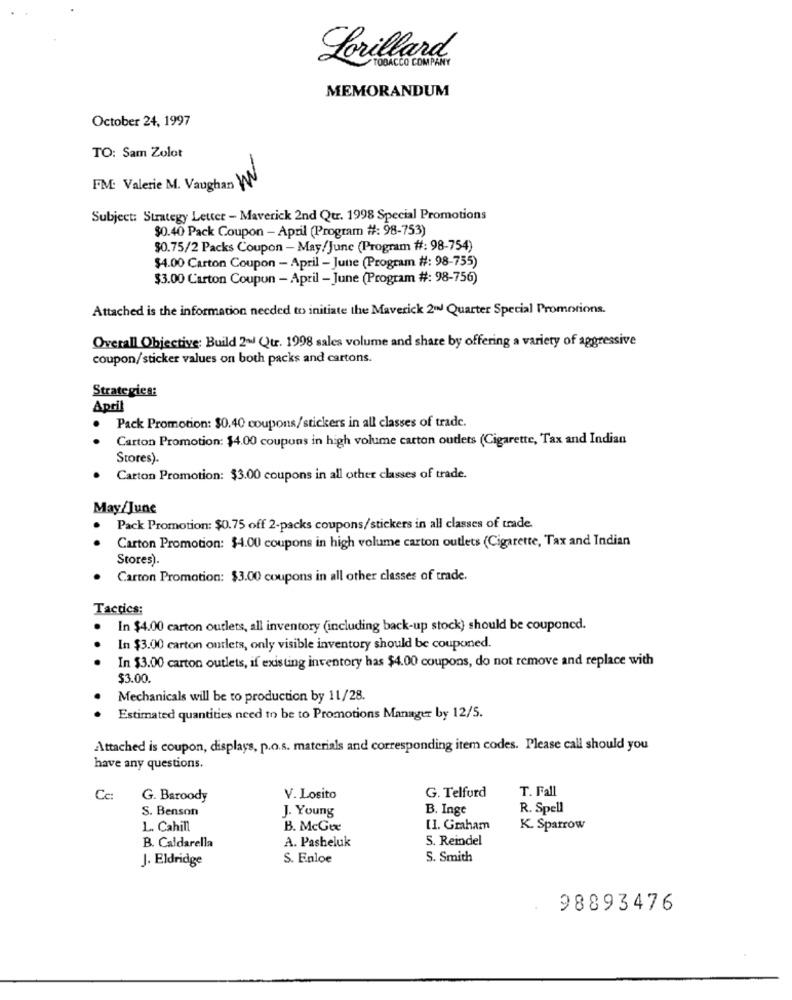
Lorillard
TOBACCO COMPANY
MEMORANDUM
October 24, 1997
TO: Sam Zolot
FM: Valerie M. Vaughan W
Subject: Strategy Letter - Maverick 2nd Qtr. 1998 Special Promotions
$0.40 Pack Coupon - April (Program #: 98-753)
$0.75/2 Packs Coupon - May/June (Program #: 98-754)
$4.00 Carton Coupon - April - June (Program #: 98-755)
$3.00 Carton Coupon - April - June (Program #: 98-756)
Attached is the information needed to initiate the Maverick 2w Quarter Special Promotions.
Overall Objective: Build 2al Qtr. 1998 sales volume and share by offering a variety of aggressive
coupon/sticker values on both packs and cartons.
Strategies:
April
Pack Promotion: $0.40 coupons/stickers in all classes of trade.
Carton Promotion: 14.00 coupons in high volume carton oudets (Cigarette, Tax and Indian
Stores).
Carton Promotion: $3.00 coupons in all other classes of trade.
May/June
Pack Promotion: $0.75 off 2-packs coupons/stickers in all classes of trade.
Carton Promotion: $4.00 coupons in high volume carton outlets (Cigarette, Tax and Indian
Stores).
Carton Promotion: $3.00 coupons in all other classes of trade.
Tactics:
In $4.00 carton outlets, all inventory (including back-up stock) should be couponed.
In $3.00 carton ourlets, only visible inventory should be couponed.
In $3.00 carton outlets, if existing inventory has $4.00 coupons, do not remove and replace with
$3.00.
Mechanicals will be to production by 11/28.
Estimated quantities need to be to Promotions Manager by 12/5.
Attached is coupon, displays, p.o.s. materials and corresponding item codes. Please call should you
have any questions.
G. Telford
T. Fall
Cc:
G. Baroody
V. Losito
S. Benson
J. Young
B. Inge
R. Spell
L. Cahill
B. McGe
[1. Graham
K. Sparrow
S. Reindel
B. Caldarella
A. Pasheluk
J. Eldridge
S. Enloe
S. Smith
98893476